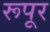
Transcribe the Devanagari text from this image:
रूपूर